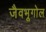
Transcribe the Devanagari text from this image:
जैवभूगोल